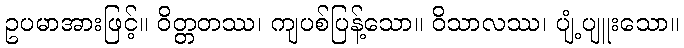
ဥပမာအားဖြင့်။ ဝိတ္တတဿ၊ ကျပစ်ပြန့်သော။ ဝိသာလဿ၊ ပျံ့ပျူးသော။